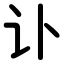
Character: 讣